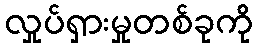
လှုပ်ရှားမှုတစ်ခုကို